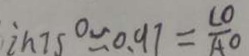
i n 7 5 ^ { \circ } \approx 0 . 9 7 = \frac { C O } { A O }